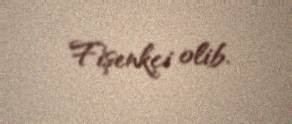
Fişenkçi olib.